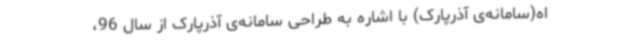
اه(سامانه‌ی آذرپارک) با اشاره به طراحی سامانه‌ی آذرپارک از سال 96،